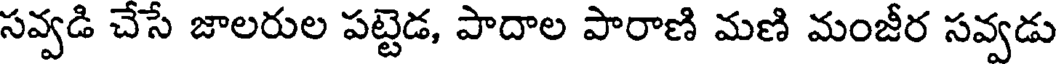
సవ్వడి చేసే జాలరుల పట్టెడ, పాదాల పారాణి మణి మంజీర సవ్వడు